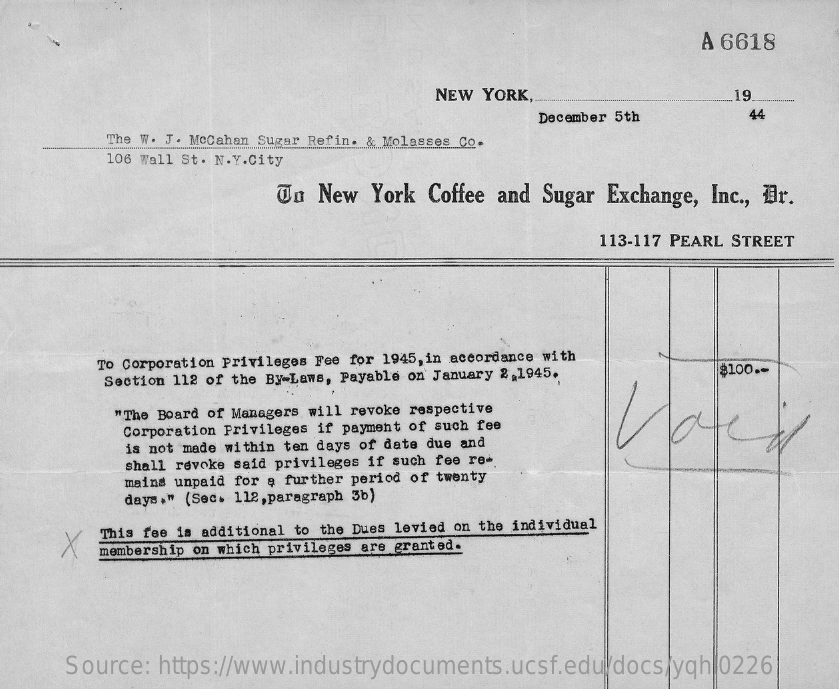
A 6618
     NEW YORK,    19
     44
     The W. J. McCahan Sugar Refin. & Molasses Co.
     December 5th
     106 Wall St. N.Y.City
     Un New  York Coffee and Sugar Exchange, Inc ., #r.
     113-117 PEARL STREET
     To Corporation Privileges Fee for 1945, in accordance with
     Section 112 of the By-Laws, Payable on January 2,1945. $100 .-
     "The Board of Managers will revoke respective
     Corporation Privileges if payment of such fee
     is not made within ten days of date due and
     shall revoke said privileges if such fee re-
     mains unpaid for a further period of twenty
     days." (Sec. 112, paragraph 3b)
     X
     This fee is additional to the Dues levied on the individual
     membership on which privileges are granted.
     Source: https://www.industrydocuments.ucsf.edu/docs/yqhl0226